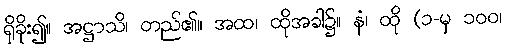
ရှိခိုး၍။ အဋ္ဌာသိ၊ တည်၏။ အထ၊ ထိုအခါ၌။ နံ၊ ထို (၁-မှ ၁၀၀၊